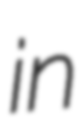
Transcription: in